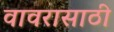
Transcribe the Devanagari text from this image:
वावरासाठी